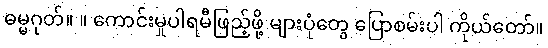
ဓမ္မဂုတ်။ ။ ကောင်းမှုပါရမီဖြည့်ဖို့ များပုံတွေ ပြောစမ်းပါ ကိုယ်တော်။